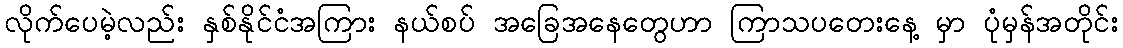
လိုက်ပေမဲ့လည်း နှစ်နိုင်ငံအကြား နယ်စပ် အခြေအနေတွေဟာ ကြာသပတေးနေ့ မှာ ပုံမှန်အတိုင်း